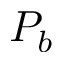
P _ { b }